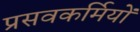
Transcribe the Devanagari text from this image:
प्रसवकर्मियों